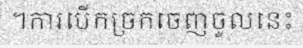
។ការបើកច្រកចេញចូលនេះ